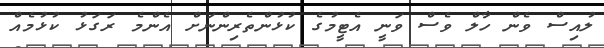
ލުއިސް ވެން ހާލް ވެސް ވަނީ އެޓީމުގެ ކުޅުންތެރިންނަށް އެންމެ ރަގަޅު ކުޅުމެއް